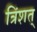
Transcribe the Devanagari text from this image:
त्रिंशत्